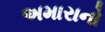
અમારાનો